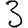
Digit: 3